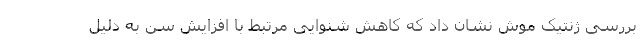
بررسی ژنتیک موش نشان داد که کاهش شنوایی مرتبط با افزایش سن به دلیل